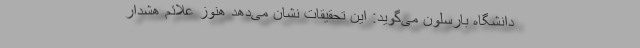
دانشگاه بارسلون می‌گوید: این تحقیقات نشان می‌دهد هنوز علائم هشدار